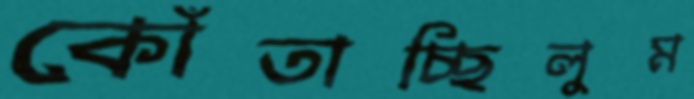
কোঁতাচ্ছিলুম